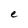
Character: e